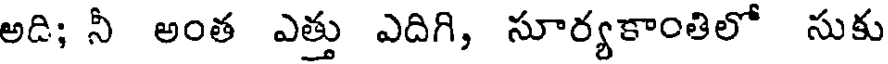
అది; నీ అంత ఎత్తు ఎదిగి, సూర్యకాంతిలో సుకు